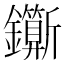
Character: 𨰉